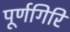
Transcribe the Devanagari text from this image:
पूर्णगिरि